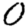
Digit: 0